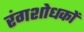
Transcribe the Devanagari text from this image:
रंगशोधकों